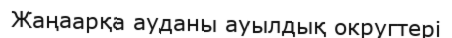
Жаңаарқа ауданы ауылдық округтері